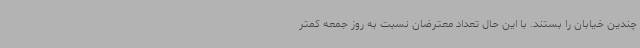
چندین خیابان را بستند. با این حال تعداد معترضان نسبت به روز جمعه کمتر